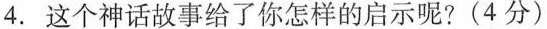
4. 这个神话故事给了你怎样的启示呢?(4分)